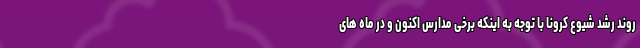
روند رشد شیوع کرونا با توجه به اینکه برخی مدارس اکنون و در ماه های